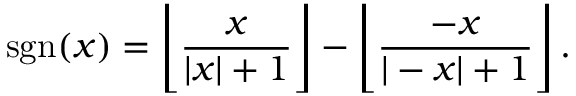
\ \operatorname { s g n } ( x ) = { \Bigg \lfloor } { \frac { x } { | x | + 1 } } { \Bigg \rfloor } - { \Bigg \lfloor } { \frac { - x } { | - x | + 1 } } { \Bigg \rfloor } \, .